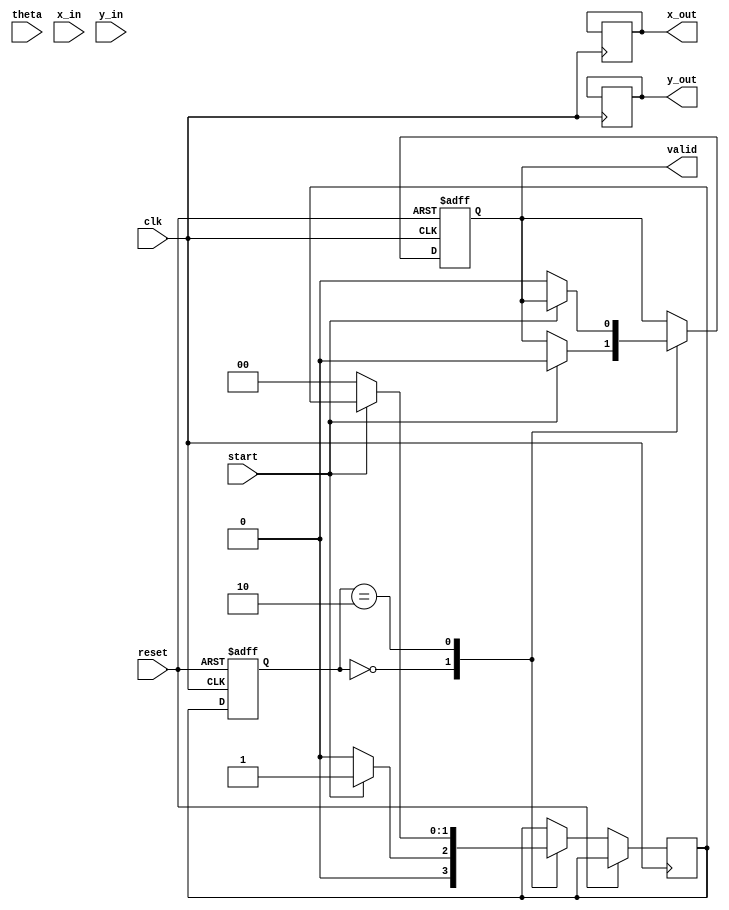
module pipelined_cordic #(
    parameter DATA_WIDTH = 16, // Adjust as necessary
    parameter ITERATIONS = 16   // Number of CORDIC iterations
)(
    input wire clk,
    input wire reset,
    input wire start,
    input wire [DATA_WIDTH-1:0] theta, // Angle input
    input wire [DATA_WIDTH-1:0] x_in,   // Initial X input
    input wire [DATA_WIDTH-1:0] y_in,   // Initial Y input
    output reg valid,
    output reg [DATA_WIDTH-1:0] x_out,  // Final X output
    output reg [DATA_WIDTH-1:0] y_out   // Final Y output
);

// States for controlling the CORDIC process
localparam [1:0] IDLE = 2'b00, PROCESSING = 2'b01, DONE = 2'b10;
reg [1:0] state, next_state;

// Pipeline registers
reg [DATA_WIDTH-1:0] x_reg[0:ITERATIONS-1]; // Shift register array for X
reg [DATA_WIDTH-1:0] y_reg[0:ITERATIONS-1]; // Shift register array for Y
reg [DATA_WIDTH-1:0] angle_reg[0:ITERATIONS-1]; // Shift register array for angles

// Angle Lookup Table (LUT) for CORDIC
reg signed [DATA_WIDTH-1:0] angle_lut[0:ITERATIONS-1];
initial begin
    // Initialize angle lookup table with predefined angles (in radians)
    angle_lut[0] = 16'hC90F; // -45 degrees
    angle_lut[1] = 16'hB505; // -26.565 degrees
    angle_lut[2] = 16'hA3D7; // -14.036 degrees
    angle_lut[3] = 16'hA2B2; // -7.125 degrees
    // Continue initializing for the rest of iterations...
end

integer i;

// Sequential circuit to handle CORDIC iterations
always @(posedge clk or posedge reset) begin
    if (reset) begin
        state <= IDLE;
        valid <= 0;
    end else begin
        state <= next_state;
        // Process pipeline registers
        case (state)
            IDLE: begin
                if (start) begin
                    // Initialize pipeline input
                    x_reg[0] <= x_in;
                    y_reg[0] <= y_in;
                    angle_reg[0] <= theta;
                    valid <= 0;
                    next_state <= PROCESSING;
                end else begin
                    next_state <= IDLE;
                end
            end
            PROCESSING: begin
                // Iterate through stages
                for (i = 0; i < ITERATIONS; i = i + 1) begin
                    if (i == 0) begin
                        // First iteration
                        if (angle_reg[i][DATA_WIDTH-1] == 1'b0) begin
                            // Counterclockwise rotation
                            x_reg[i + 1] <= x_reg[i] - (y_reg[i] >> i);
                            y_reg[i + 1] <= y_reg[i] + (x_reg[i] >> i);
                        end else begin
                            // Clockwise rotation
                            x_reg[i + 1] <= x_reg[i] + (y_reg[i] >> i);
                            y_reg[i + 1] <= y_reg[i] - (x_reg[i] >> i);
                        end
                        angle_reg[i + 1] <= angle_reg[i] - angle_lut[i];
                    end else if (i < ITERATIONS - 1) begin
                        // Subsequent iterations
                        if (angle_reg[i][DATA_WIDTH-1] == 1'b0) begin
                            x_reg[i + 1] <= x_reg[i] - (y_reg[i] >> i);
                            y_reg[i + 1] <= y_reg[i] + (x_reg[i] >> i);
                        end else begin
                            x_reg[i + 1] <= x_reg[i] + (y_reg[i] >> i);
                            y_reg[i + 1] <= y_reg[i] - (x_reg[i] >> i);
                        end
                        angle_reg[i + 1] <= angle_reg[i] - angle_lut[i];
                    end
                end
                // After final iteration
                if (i == ITERATIONS - 1) begin
                    x_out <= x_reg[ITERATIONS];
                    y_out <= y_reg[ITERATIONS];
                    valid <= 1;
                    next_state <= DONE;
                end
            end
            DONE: begin
                if (!start) begin
                    next_state <= IDLE;
                    valid <= 0;
                end
            end
        endcase
    end
end

endmodule